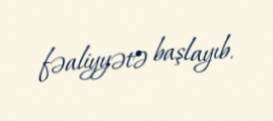
fəaliyyətə başlayıb.